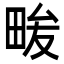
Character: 𭻒